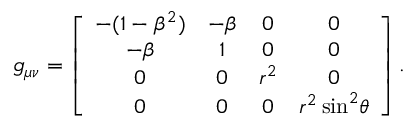
g _ { \mu \nu } = \left[ \begin{array} { c c c c } { - ( 1 - \beta ^ { 2 } ) } & { - \beta } & { 0 } & { 0 } \\ { - \beta } & { 1 } & { 0 } & { 0 } \\ { 0 } & { 0 } & { r ^ { 2 } } & { 0 } \\ { 0 } & { 0 } & { 0 } & { r ^ { 2 } \sin ^ { 2 } { \! \theta } } \end{array} \right] .